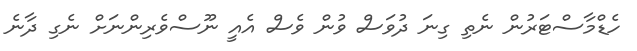
ހެޑްމާސްޓަރުން ނެތި ގިނަ ދުވަސް ވުން ވެސް އެއީ ނޫސްވެރިންނަށް ނެގި ދާނެ